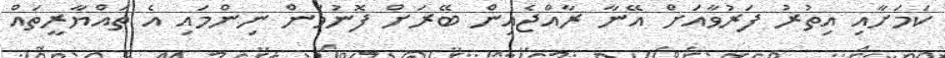
ކަމަށާއި އިތުރު ފަރުވާއަށް އޭނާ ރާއްޖެއިން ބޭރަށް ފޮނުވަން ނިންމައި އެ ތައްޔާރީތައް